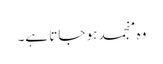
وہ منجمد ہو جاتا ہے۔